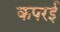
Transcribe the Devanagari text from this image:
कपरई